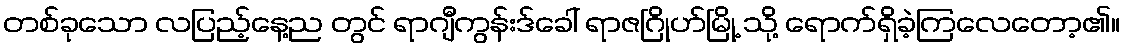
တစ်ခုသော လပြည့်နေ့ည တွင် ရာဂျီကွန်းဒ်ခေါ် ရာဇဂြိုဟ်မြို့ သို့ ရောက်ရှိခဲ့ကြလေတော့၏။